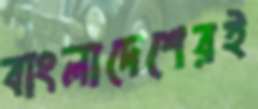
বাংলাদেশেরই